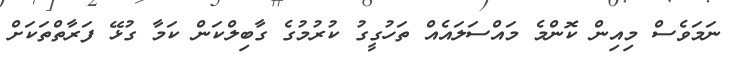
ނަމަވެސް މިއިން ކޮންމެ މައްސަލައެއް ތަހުގީގު ކުރުމުގެ ގާބިލްކަން ކަމާ ގުޅޭ ފަރާތްތަކަށް